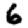
Digit: 6